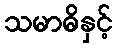
သမာဓိနှင့်